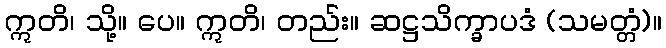
ဣတိ၊ သို့။ ပေ။ ဣတိ၊ တည်း။ ဆဋ္ဌသိက္ခာပဒံ (သမတ္တံ)။